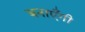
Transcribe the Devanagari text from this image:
बनाएँगी